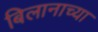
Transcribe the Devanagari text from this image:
बिलानाच्या